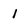
Character: I